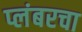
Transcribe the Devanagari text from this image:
प्लंबरचा